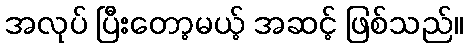
အလုပ် ပြီးတော့မယ့် အဆင့် ဖြစ်သည်။